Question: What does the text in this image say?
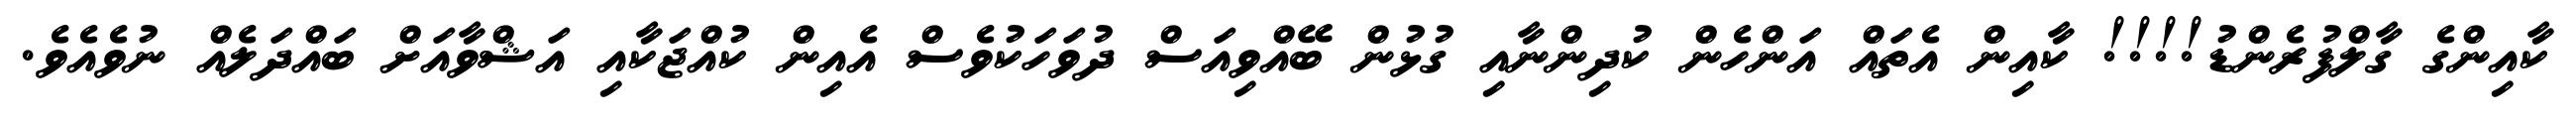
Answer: ކާއިންގެ ގާލްފުރެންޑު!!!! ކާއިން އެތައް އަންހެން ކުދިންނާއި ގުޅުން ބޭއްވިއަސް ދުވަހަކުވެސް އެއިން ކުއްޖަކާއި އަޝްވާއަށް ބައްދަލެއް ނުވެއެވެ.